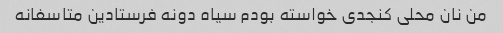
من نان محلی کنجدی خواسته بودم سیاه دونه فرستادین متاسفانه